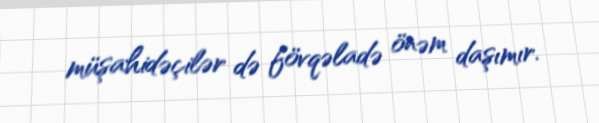
müşahidəçilər də fövqəladə önəm daşımır.